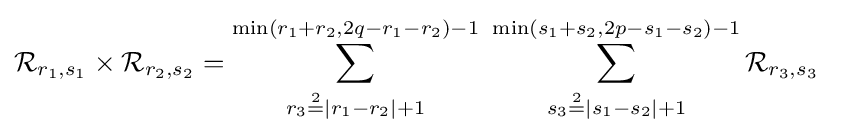
{\mathcal {R}}_{r_{1},s_{1}}\times {\mathcal {R}}_{r_{2},s_{2}}=\sum _{r_{3}{\overset {2}{=}}|r_{1}-r_{2}|+1}^{\min(r_{1}+r_{2},2q-r_{1}-r_{2})-1}\ \sum _{s_{3}{\overset {2}{=}}|s_{1}-s_{2}|+1}^{\min(s_{1}+s_{2},2p-s_{1}-s_{2})-1}{\mathcal {R}}_{r_{3},s_{3}}\